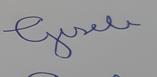
Signature authenticity: forged